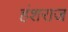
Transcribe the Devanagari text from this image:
हंशराज